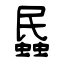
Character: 蟁